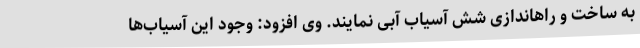
به ساخت و راهاندازی شش آسیاب آبی نمایند. وی افزود: وجود این آسیاب‌ها